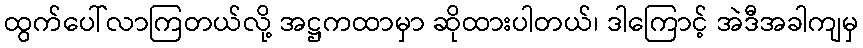
ထွက်ပေါ်လာကြတယ်လို့ အဋ္ဌကထာမှာ ဆိုထားပါတယ်၊ ဒါကြောင့် အဲဒီအခါကျမှ